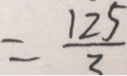
= \frac { 1 2 5 } { 3 }